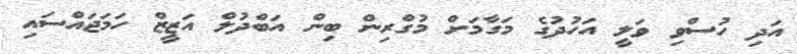
އަދި ހުސްވި ވަލީ އަހުދުގެ މަގާމަށް މުގްރިން ބިން އަބްދުލް އަޒީޒް ހަމަޖައްސައި